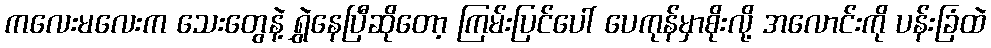
ကလေးမလေးက သေးတွေနဲ့ ရွှဲနေပြီဆိုတော့ ကြမ်းပြင်ပေါ် ပေကုန်မှာစိုးလို့ အလောင်းကို ပန်းခြံထဲ